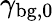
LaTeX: \gamma_{\mathrm{bg,0}}